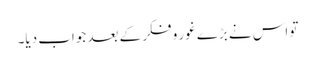
تو اس نے بڑے غور و فکر کے بعد جواب دیا۔